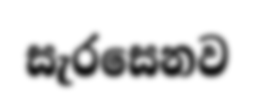
සැරසෙනව